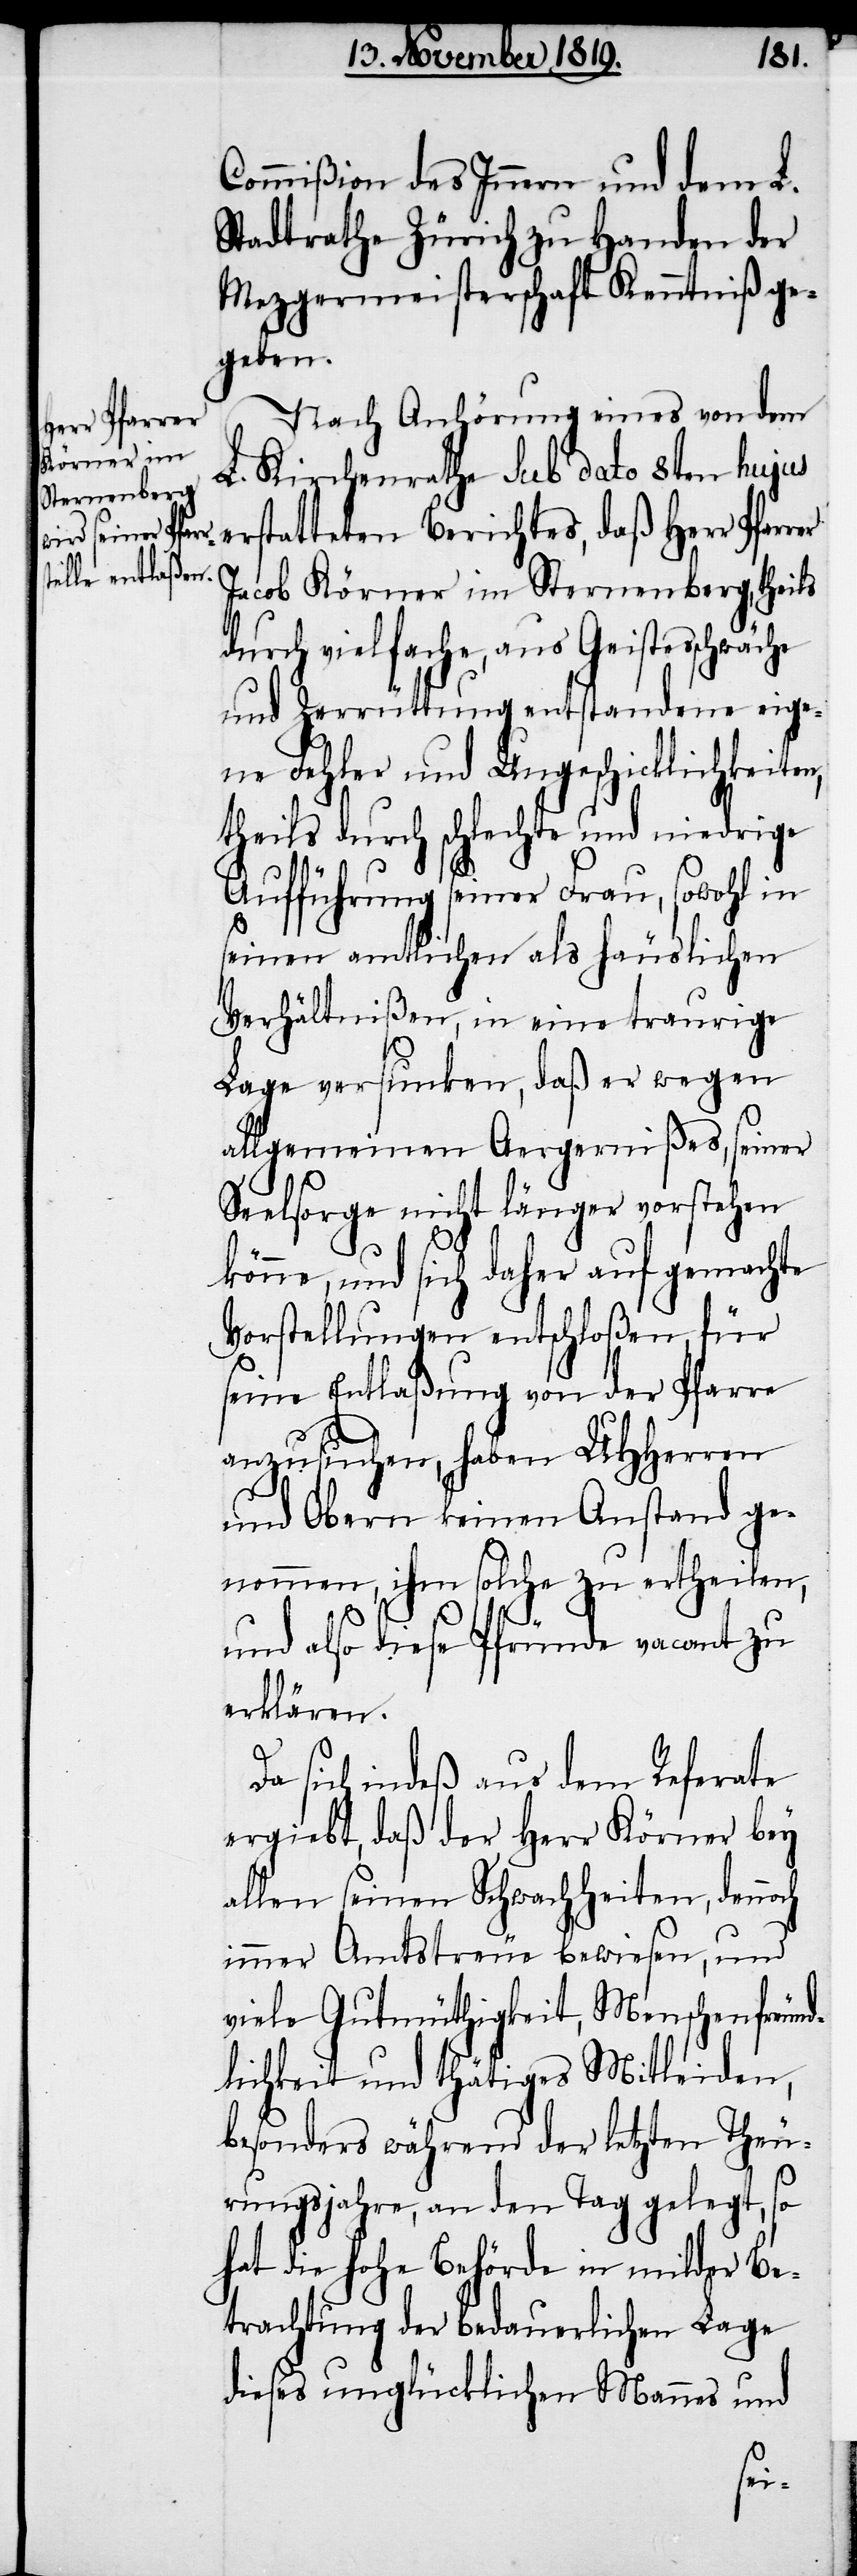
Commißion des Innern und dem L.
Stadtrathe Zürich zu Handen der
Mezgermeisterschaft Kenntniß ge¬
geben.
Nach Anhörung eines von dem
L. Kirchenrathe sub dato 8ten hujus
erstatteten Berichtes, daß Herr Pfar¬
Jacob Körner im Sternenberg, theils
durch vielfache, aus Geistesschwäche
und Zerrüttung entstandene eige¬
ne Fehler und Ungeschicklichkeiten,
theils durch schlechte und niedrige
Aufführung seiner Frau, sowohl in
seinen amtlichen als häuslichen
Verhältnißen, in eine traurige
Lage versunken, daß er wegen
allgemeinen Aergernißes, seiner
Seelsorge nicht länger vorstehen
könne, und sich daher auf gemachte
Vorstellungen entschloßen, für
seine Entlaßung von der Pfarre
anzusuchen, haben UHHerren
und Obern keinen Anstand ge¬
nommen, ihm solche zu ertheilen,
und also diese Pfründe vacant zu
erklären.
Da sich indeß aus dem Referate
ergiebt, daß der Herr Körner bey
allen seinen Schwachheiten, dennoch
immer Amtstreue bewiesen, und
viele Gutmüthigkeit, Menschenfreund¬
lichkeit und thätiges Mitleiden,
besonders während der letzten Theu¬
rungsjahre, an den Tag gelegt, so
hat die hohe Behörde in milder Be¬
trachtung der bedauerlichen Lage
dieses unglücklichen Mannes und
rer